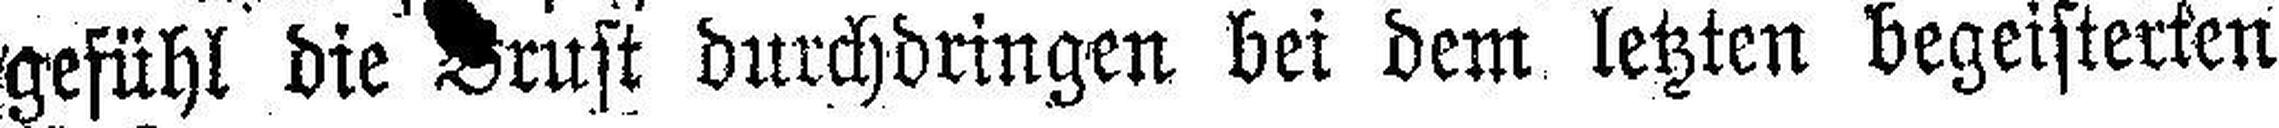
gefühl die Brust durchdringen bei dem letzten begeisterten